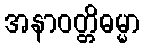
အနာဝတ္တိဓမ္မာ